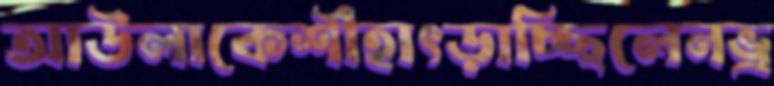
আউলাকেশীহাৎড়াচ্ছিলেনভ্র